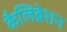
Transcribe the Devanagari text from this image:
कैलिब्रेशन